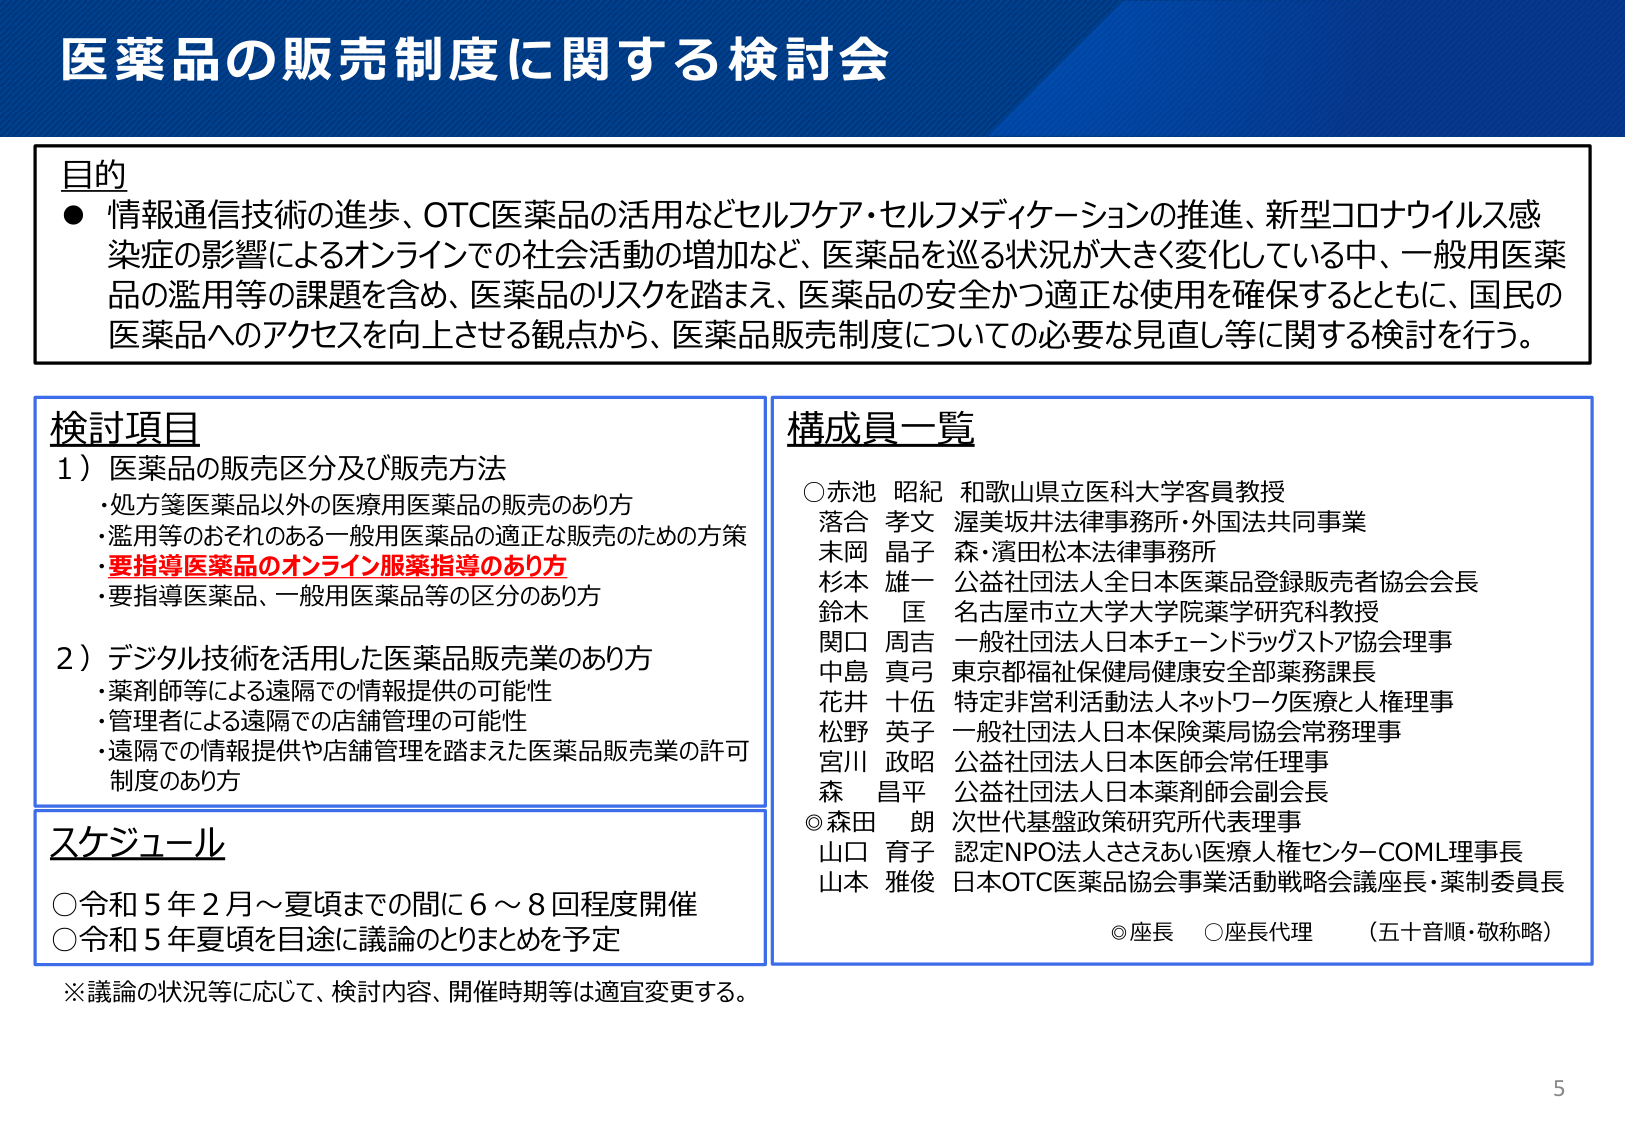
医薬品の販売制度に関する検討会

目的
● 情報通信技術の進歩、OTC医薬品の活用などセルフケア・セルフメディケーションの推進、新型コロナウイルス感染症の影響によるオンラインでの社会活動の増加など、医薬品を巡る状況が大きく変化している中、一般用医薬品の濫用等の課題を含め、医薬品のリスクを踏まえ、医薬品の安全かつ適正な使用を確保するとともに、国民の医薬品へのアクセスを向上させる観点から、医薬品販売制度についての必要な見直し等に関する検討を行う。

検討項目
1）医薬品の販売区分及び販売方法
・処方箋医薬品以外の医療用医薬品の販売のあり方
・濫用等のおそれのある一般用医薬品の適正な販売のための方策
・要指導医薬品のオンライン服薬指導のあり方
・要指導医薬品、一般用医薬品等の区分のあり方

2）デジタル技術を活用した医薬品販売業のあり方
・薬剤師等による遠隔での情報提供の可能性
・管理者による遠隔での店舗管理の可能性
・遠隔での情報提供や店舗管理を踏まえた医薬品販売業の許可制度のあり方

スケジュール
○令和5年2月～夏頃までの間に6～8回程度開催
○令和5年夏頃を目途に議論のとりまとめを予定

※議論の状況等に応じて、検討内容、開催時期等は適宜変更する。

構成員一覧
○赤池 昭紀 和歌山県立医科大学客員教授
落合 孝文 渥美坂井法律事務所・外国法共同事業
末岡 晶子 森・濱田松本法律事務所
杉本 雄一 公益社団法人全日本医薬品登録販売者協会会長
鈴木 匡 名古屋市立大学大学院薬学研究科教授
関口 周吉 一般社団法人日本チェーンドラッグストア協会理事
中島 真弓 東京都福祉保健局健康安全部薬務課長
花井 十伍 特定非営利活動法人ネットワーク医療と人権理事
松野 英子 一般社団法人日本保険薬局協会常務理事
宮川 政昭 公益社団法人日本医師会常任理事
森 昌平 公益社団法人日本薬剤師会副会長
◎森田 朗 次世代基盤政策研究所代表理事
山口 育子 認定NPO法人ささえあい医療人権センターCOML理事長
山本 雅俊 日本OTC医薬品協会事業活動戦略会議座長・薬制委員長

◎座長 ○座長代理 （五十音順・敬称略）

5